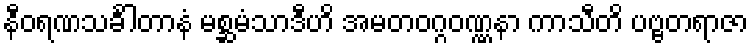
နီဝရဏသင်္ခါတာနံ မစ္ဆမံသာဒီဟိ အမတဝဂ္ဂဝဏ္ဏနာ ကာသီတိ ပဗ္ဗတရာဇာ